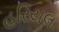
હરિયલ